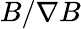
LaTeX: B/\nabla B